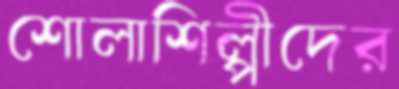
শোলাশিল্পীদের